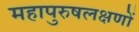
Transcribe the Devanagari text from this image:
महापुरुषलक्षणों